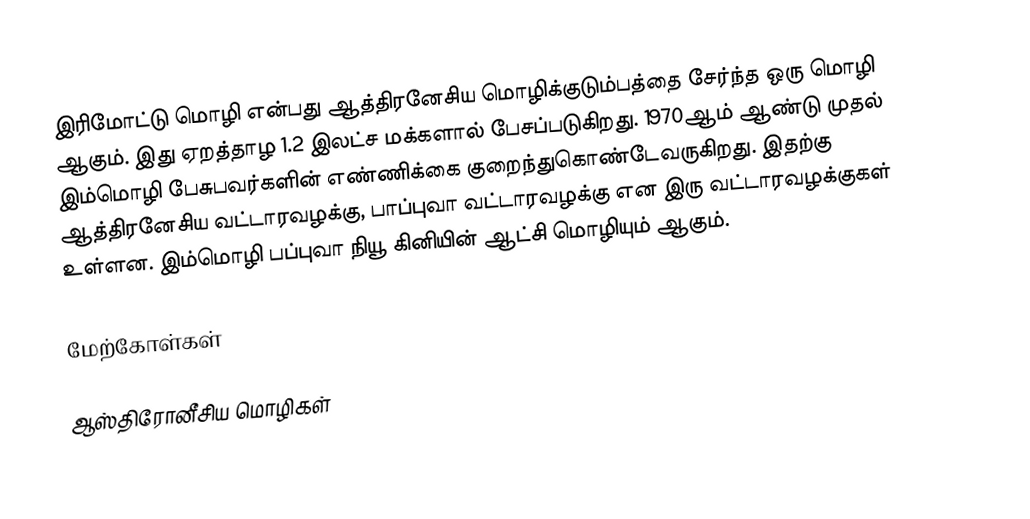
இரிமோட்டு மொழி என்பது ஆத்திரனேசிய மொழிக்குடும்பத்தை சேர்ந்த ஒரு மொழி ஆகும். இது ஏறத்தாழ 1.2 இலட்ச மக்களால் பேசப்படுகிறது. 1970ஆம் ஆண்டு முதல் இம்மொழி பேசுபவர்களின் எண்ணிக்கை குறைந்துகொண்டேவருகிறது. இதற்கு ஆத்திரனேசிய வட்டாரவழக்கு, பாப்புவா வட்டாரவழக்கு என இரு வட்டாரவழக்குகள் உள்ளன. இம்மொழி பப்புவா நியூ கினியின் ஆட்சி மொழியும் ஆகும்.

மேற்கோள்கள்

ஆஸ்திரோனீசிய மொழிகள்